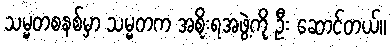
သမ္မတစနစ်မှာ သမ္မတက အစိုးရအဖွဲ့ကို ဦး ဆောင်တယ်။